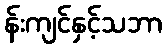
န်းကျင်နှင့်သဘာ